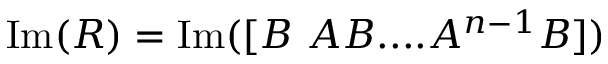
\mathrm { I m } ( R ) = \mathrm { I m } ( [ B \ A B . . . . A ^ { n - 1 } B ] )